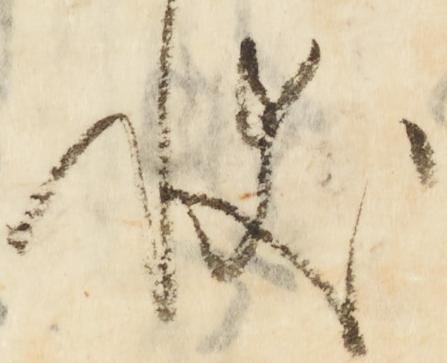
状